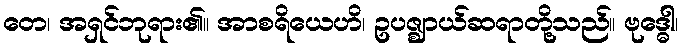
တေ၊ အရှင်ဘုရား၏။ အာစရိယေဟိ၊ ဥပဇ္ဈာယ်ဆရာတို့သည်။ ဗုဒ္ဓေါ၊